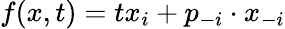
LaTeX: f(x,t)=tx_{i}+p_{-i}\cdot x_{-i}